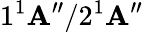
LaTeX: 1{^1}\mathbf{A}^{\prime\prime}/2{^1}\mathbf{A}^{\prime\prime}